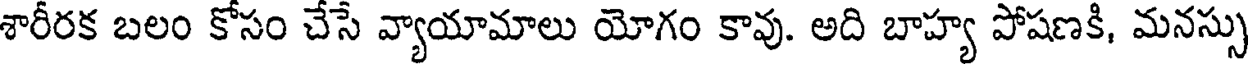
శారీరక బలం కోసం చేసే వ్యాయామాలు యోగం కావు. అది బాహ్య పోషణకి, మనస్సు